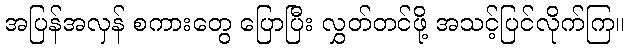
အပြန်အလှန် စကားတွေ ပြောပြီး လွှတ်တင်ဖို့ အသင့်ပြင်လိုက်ကြ။